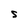
Character: s